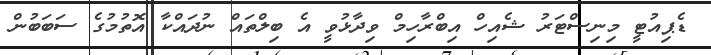
ޑެޕިއުޓީ މިނިސްޓަރު ޝެއިހް އިބްރާހިމް ވިދާޅުވީ އެ ބިލްތައް ނުދައްކާ އޮތުމުގެ ސަބަބުން